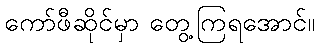
ကော်ဖီဆိုင်မှာ တွေ့ကြရအောင်။